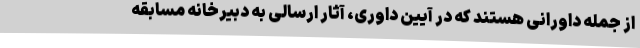
از جمله داورانی هستند که در آیین داوری، آثار ارسالی به دبیرخانه مسابقه